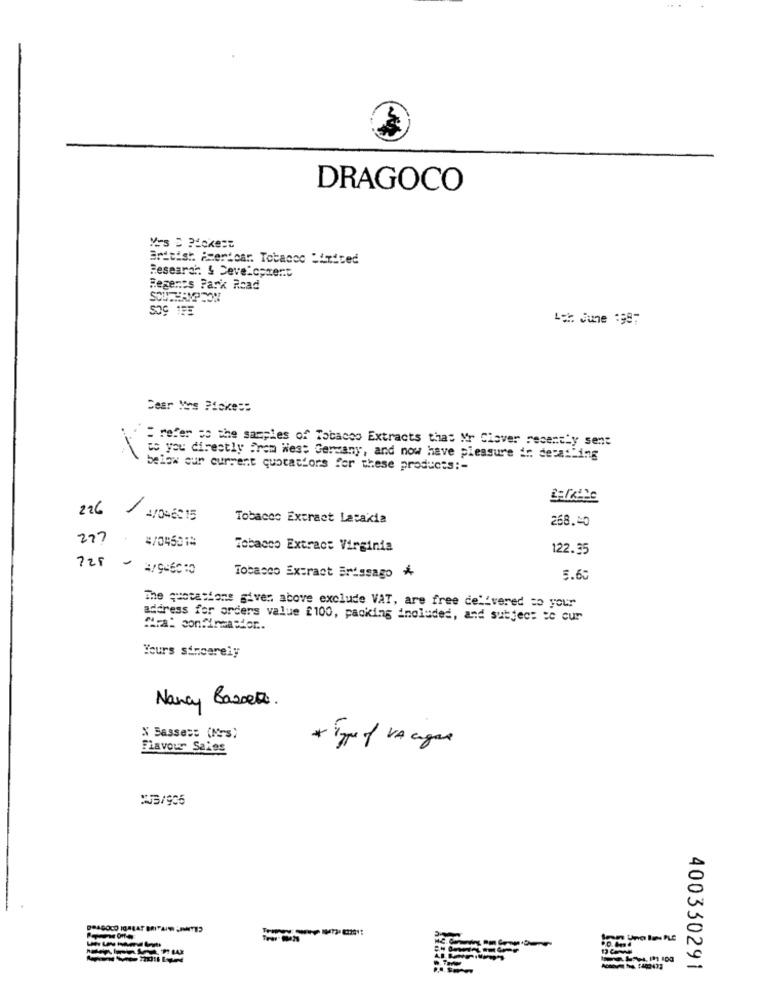
DRAGOCO
Yrs D Pickest
British Americar. Tobacco Limited
Research & Development
Regents Park Road
Let June 1997
Dear Vos Piekes:
: refer so the samples of Tobacco Extracts that Mr Clover recently sent
to you directly from West Germany, and now have pleasure in dera:"ing
below our current quotations for these products :-
226/ 4/0-6215
Tobacco Extract Latakia
268.40
277
4/04501%
Tobacco Extract Virginia
122.35
725 - 4/9-60:0
Tobacco Extract Brissago
5.60
The quotations given above exclude VAT, are free delivered to your
address for orders value £100, packing included, and subject to cur
Mira: confineastor ..
Yours sincerely
Nancy Basset.
N Basses: (Nrs)
Flavour Sales
* Type of VA agan
400330291